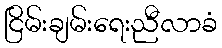
ငြိမ်းချမ်းရေးညီလာခံ